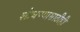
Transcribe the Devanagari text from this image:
शोधण्यासाठीही